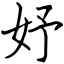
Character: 妤